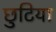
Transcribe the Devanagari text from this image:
छुटिया